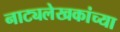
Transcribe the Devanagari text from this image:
नाट्यलेखकांच्या